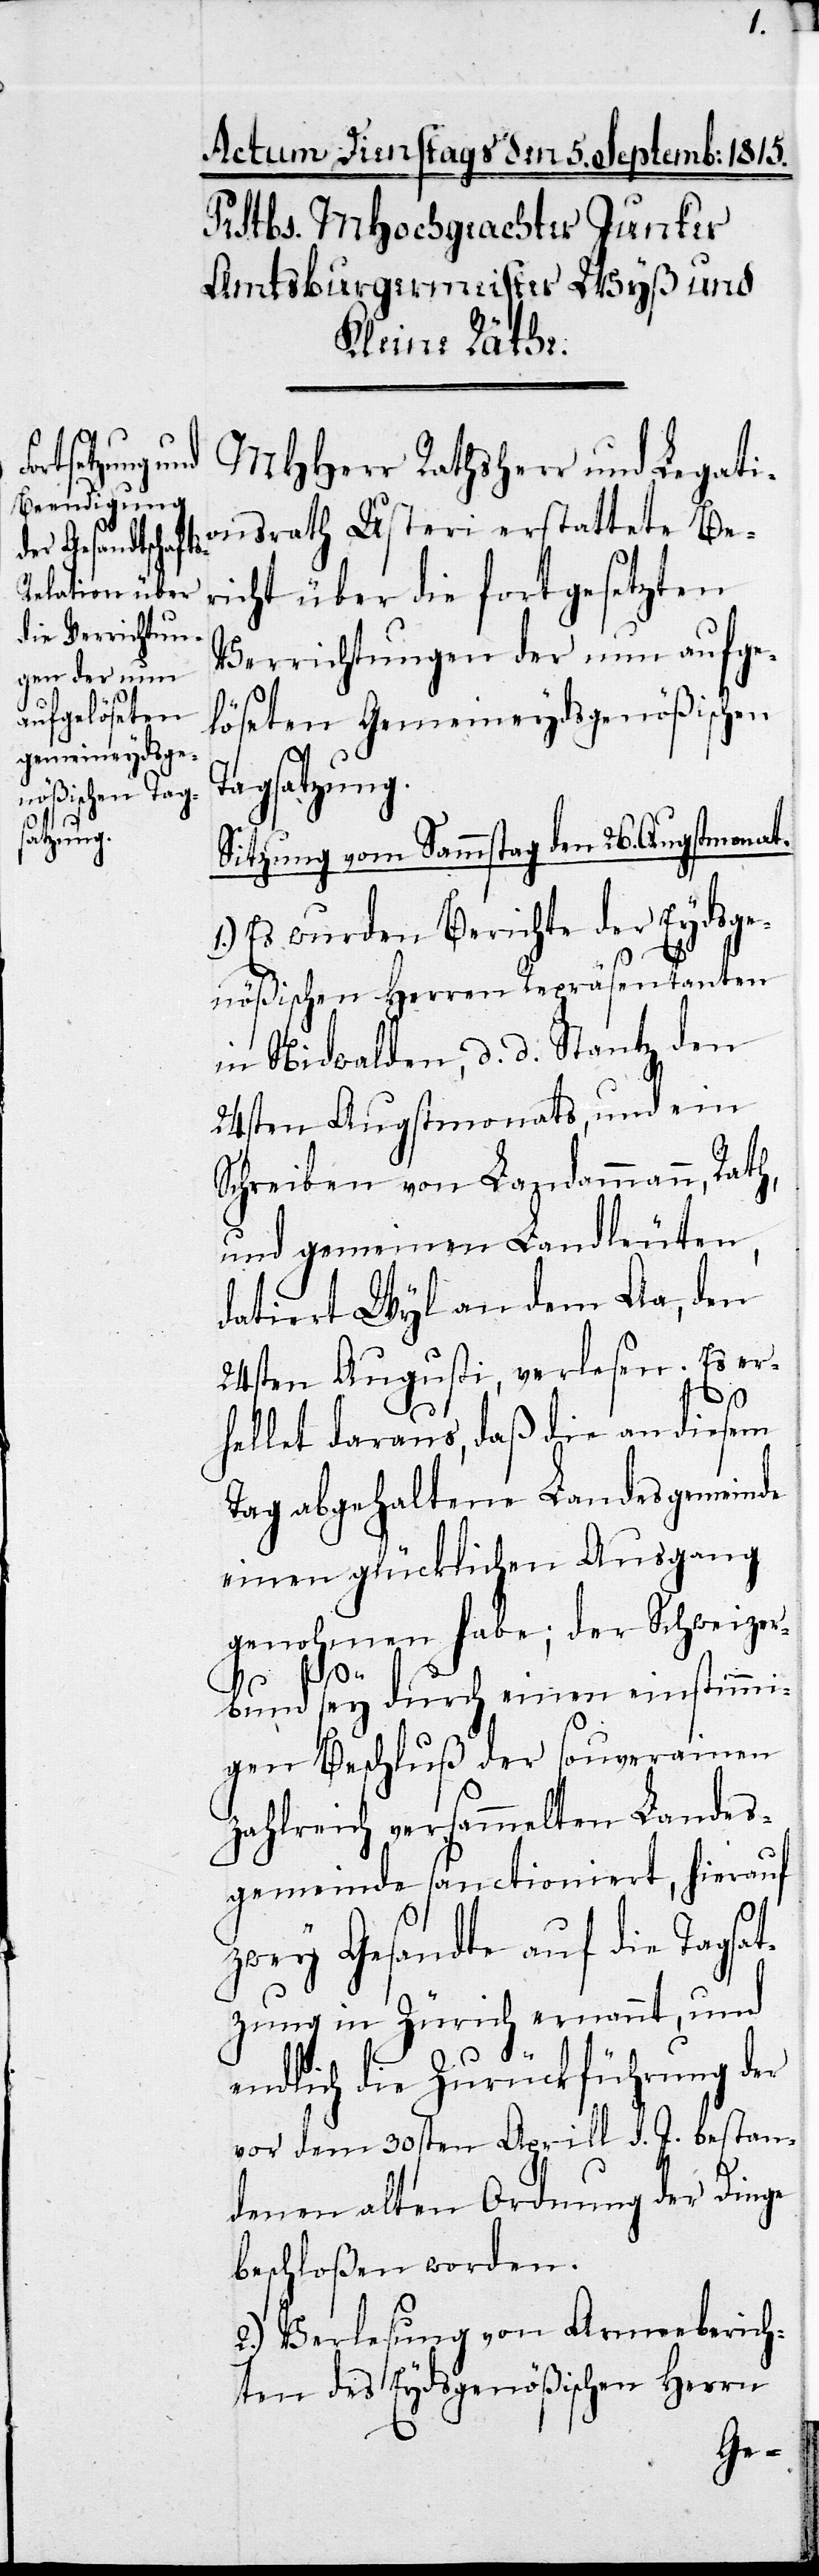
MHHerr Rathsherr und Legati¬
onsrath Usteri erstattete Be¬
richt über die fortgesetzten
Verrichtungen der nun aufge¬
löseten Gemeineydsgenößischen
Tagsatzung.
Sitzung vom Sammstag den 26sten Augstmon¬
1.) Es wurden Berichte der Eydsge¬
nößischen Herren Repräsentanten
in Nidwalden, d. d. Stantz den
24sten Augstmonats, und ein
Schreiben von Landammann, Rath,
und gemeinen Landleuten,
datiert Wyl an dem Aa, den
24sten Augusti, verlesen. Es er¬
hellet daraus, daß die an diesem
Tag abgehaltene Landesgemeinde
einen glücklichen Ausgang
genohmen habe; der Schweizer¬
bund sey durch einen einstimmi¬
gen Beschluß der souverainen
zahlreich versammelten Landes¬
gemeinde sanctioniert, hierauf
at.
zwey Gesandte auf die Tagsat¬
zung in Zürich ernannt, und
endlich die Zurückführung der
vor dem 30sten Aprill d. J. bestan¬
denen alten Ordnung der Dinge
beschloßen worden.
2.) Verlesung von Armeeberich¬
ten des Eydsgenößischen Herrn